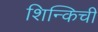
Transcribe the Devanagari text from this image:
शिन्किची